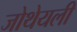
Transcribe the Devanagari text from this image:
जोथेयली